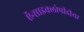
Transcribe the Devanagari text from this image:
ऍन्साइक्लोपीडीया